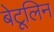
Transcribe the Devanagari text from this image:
बेटूलिन